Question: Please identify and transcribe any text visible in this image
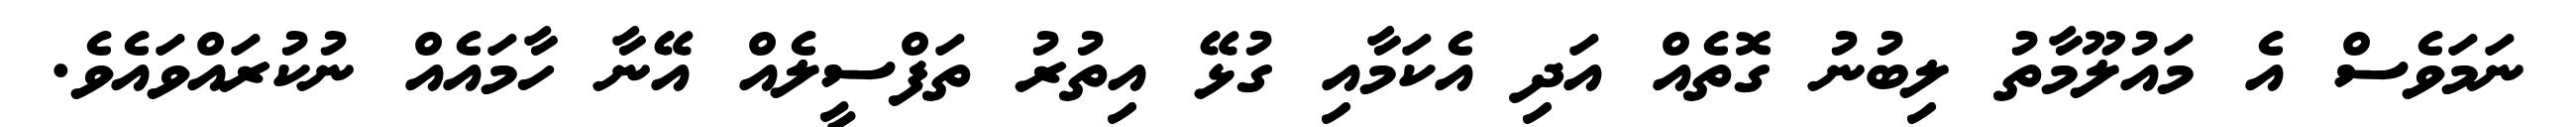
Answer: ނަމަވެސް އެ މައުލޫމާތު ލިބުނު ގޮތެއް އަދި އެކަމާއި ގުޅޭ އިތުރު ތަފްސީލެއް އޭނާ ހާމައެއް ނުކުރައްވައެވެ.